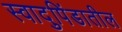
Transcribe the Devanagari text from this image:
स्वादुपिंडातील